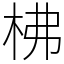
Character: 柫